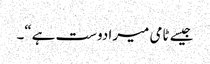
جیسے ٹامی میرا دوست ہے“۔